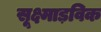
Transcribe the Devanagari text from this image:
सूक्ष्माड़विक